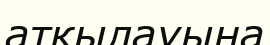
атқылауына